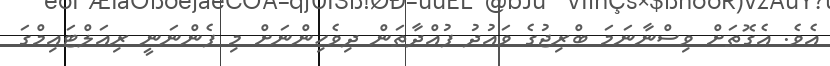
އެވެ. އެގޮތަށް ވިސްނާނަމަ ބްރިޖުގެ ވައުދު ފުއްދާތަން ދިވެހިންނަށް މި ފެންނަނީ ރިއަލްޓައިމްގަ